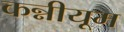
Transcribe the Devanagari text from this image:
कन्नीयूम